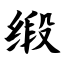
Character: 缎